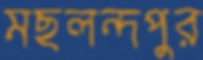
মছলন্দপুর